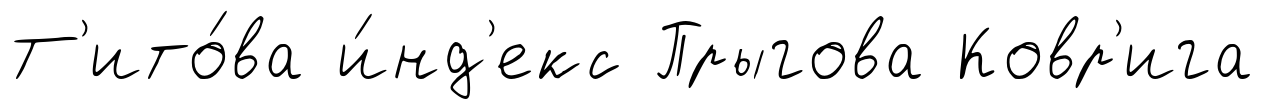
Т'ито́ва и́нд'екс Прыгова Ковр'ига